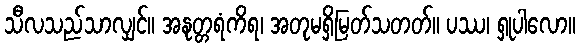
သီလသည်သာလျှင်။ အနုတ္တရံကိရ၊ အတုမရှိမြတ်သတတ်။ ပဿ၊ ရှုပါလော။